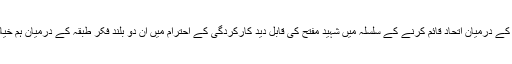
یونیورسٹی اور مدارس کے درمیان اتحاد قائم کرنے کے سلسلہ میں شہید مفتح کی قابل دید کارکردگی کے احترام میں ان دو بلند فکر طبقہ کے درمیان ہم خیالی اور تعاون لازم ہے۔